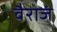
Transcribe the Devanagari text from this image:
वैराजं